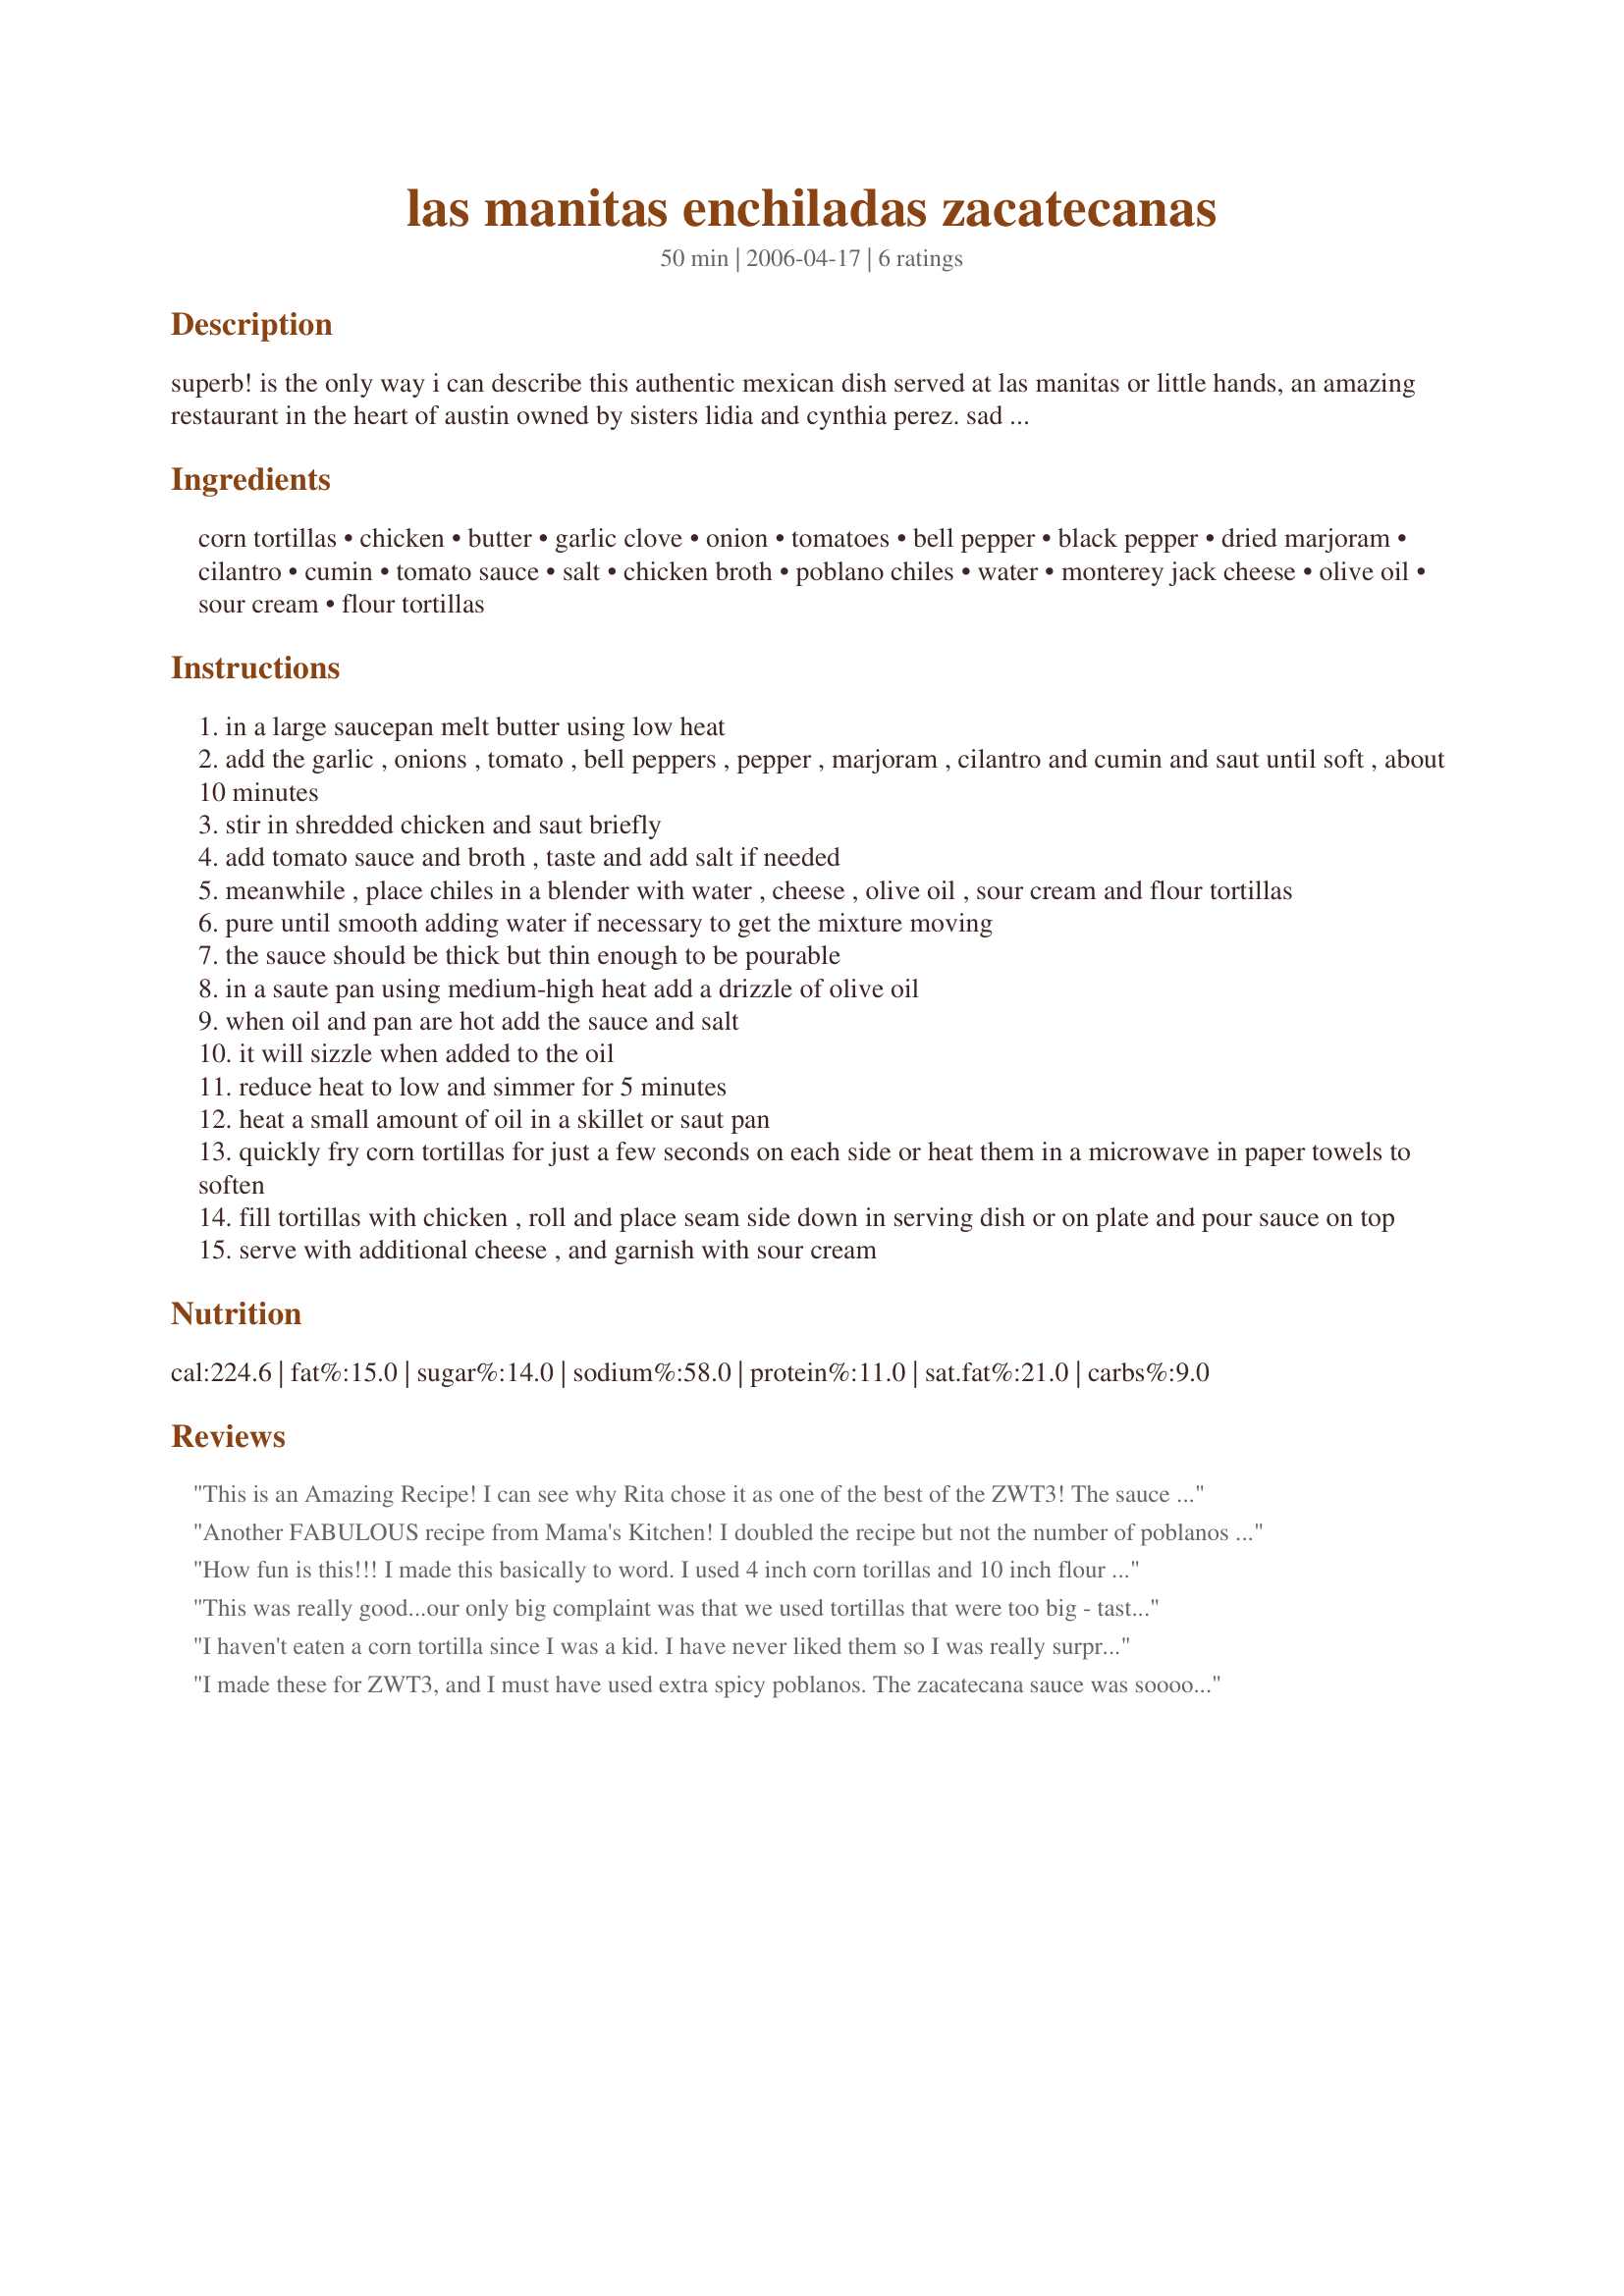
las manitas enchiladas zacatecanas
Preparation time: 50 minutes

superb! is the only way i can describe this authentic mexican dish served at las manitas or little hands, an amazing restaurant in the heart of austin owned by sisters lidia and cynthia perez. sad day :( this restaurant closed 9/4 due to downtown development in austin. we miss you las manitas! hurry back so we can come to your new location!

the congress avenue cafe is as much an austin institution as the bats under the bridge.

food for the eye is served here as well! the owners are also the founders of la pena, an organization to promote latin arts, and display this amazing artwork proudly.

so if you find yourself in our beautiful capitol make sure you stop in for an amazing treat! if you can't make it to texas, bring texas to you with this amazing recipe!

Ingredients:
corn tortillas, chicken, butter, garlic clove, onion, tomatoes, bell pepper, black pepper, dried marjoram, cilantro, cumin, tomato sauce, salt, chicken broth, poblano chiles, water, monterey jack cheese, olive oil, sour cream, flour tortillas

Steps:
in a large saucepan melt butter using low heat
add the garlic , onions , tomato , bell peppers , pepper , marjoram , cilantro and cumin and saut until soft , about 10 minutes
stir in shredded chicken and saut briefly
add tomato sauce and broth , taste and add salt if needed
meanwhile , place chiles in a blender with water , cheese , olive oil , sour cream and flour tortillas
pure until smooth adding water if necessary to get the mixture moving
the sauce should be thick but thin enough to be pourable
in a saute pan using medium-high heat add a drizzle of olive oil
when oil and pan are hot add the sauce and salt
it will sizzle when added to the oil
reduce heat to low and simmer for 5 minutes
heat a small amount of oil in a skillet or saut pan
quickly fry corn tortillas for just a few seconds on each side or heat them in a microwave in paper towels to soften
fill tortillas with chicken , roll and place seam side down in serving dish or on plate and pour sauce on top
serve with additional cheese , and garnish with sour cream

Reviews:
This is an Amazing Recipe! I can see why Rita chose it as one of the best of the ZWT3! The sauce was especially good. I used Anahiem chiles in place of the poblanos because it was what I had in the fridge. This will be a recipe I repeat! Thanks Mama's Kitchen!
Another FABULOUS recipe from Mama's Kitchen! I doubled the recipe but not the number of poblanos since I was feeding 5 adults and 3 kids ages 4 to 80. Cooked my chicken in the crock pot all dayand so used the broth from cooking my chicken in the sauce instead of water. I used freshly made corn tortillas from the market up the street so I didn't need to fry the tortillas in oil because they were already so soft and pliable. I didn't realize until I got the enchiladas rolled and in the pan covered in sauce that you didn't bake them and I hadn't started my rice which takes 20 minutes to cook. SO I just popped the enchilada pans in the oven at 350 for time it took to make the rice. Everyone gobbled these enchiladas up including the kids. While my husband was watching me make the sauce he thought adding flour tortillas to the blender was really unusual but the flavor...... AWSOME! Thanks again Hope for another of you fantastic recipes that we will have over and over!
How fun is this!!!
 I made this basically to word. I used 4 inch corn torillas and 10 inch flour one. I do have extra so this can easily fill 15 tortillas. Thanks!
This was really good...our only big complaint was that we used tortillas that were too big - tasted more tortilla than I would have liked it to...

Added a bit too much water to the sauce - was halving the recipe and didn't catch the 1 cup of water on the 2nd page to change to 1/2. 

Still really good - will definitely make again - I will just adjust the recipe more carefully and look for those hidden measurements.

Thanks for posting
I haven't eaten a corn tortilla since I was a kid. I have never liked them so I was really surprised at how much we all enjoyed them in this recipe. We love enchiladas but have been making the same chicken or beef recipes for years. We're thrilled to have found a new & exciting recipe for them! I really wanted to make everything as stated but the two grocery stores in our area did not have poblanos, fresh or canned. I was distraught & waited another 3 days to see if the fresh peppers would be restocked but they are still out today. I looked online & found some substitution suggestions. In one it was suggested to use a jalapeno & a green bell pepper. Well, I had the jalapenos but only about 1/4 of the green bell so I used those plus half a red & half an orange pepper. I know the sauce was much sweeter than intended (and much more orange lol) but we enjoyed it & are anxious to make this recipe again with the poblanos, when possible. I have to say that my favorite part of this recipe was how easy it was. I loved that there was no oven time involved. Especially with summer on the way. Thanks for sharing a little piece of the big state, Mama! Made & enjoyed for ZWT5 - Ali Baba's Babes. :)
I made these for ZWT3, and I must have used extra spicy poblanos. The zacatecana sauce was sooooo spicy that my boyfriend and I had to scrape it off of the enchiladas before we could eat them, and my mouth was still on fire. I'm refraining from posting a star review since my taste buds weren't really working. It was fun to prepare though!
